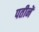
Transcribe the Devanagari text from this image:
पतीनें